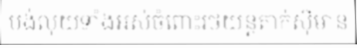
បង់លុយទាំងអស់ចំពោះរថយន្តតាក់ស៊ីមាន